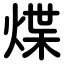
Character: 煠